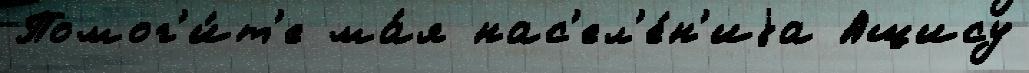
Помог'и́т'е ма́я нас'ел'е́н'иjа Ащису